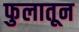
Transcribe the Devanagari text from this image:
फुलातून